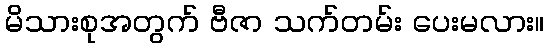
မိသားစုအတွက် ဗီဇာ သက်တမ်း ပေးမလား။